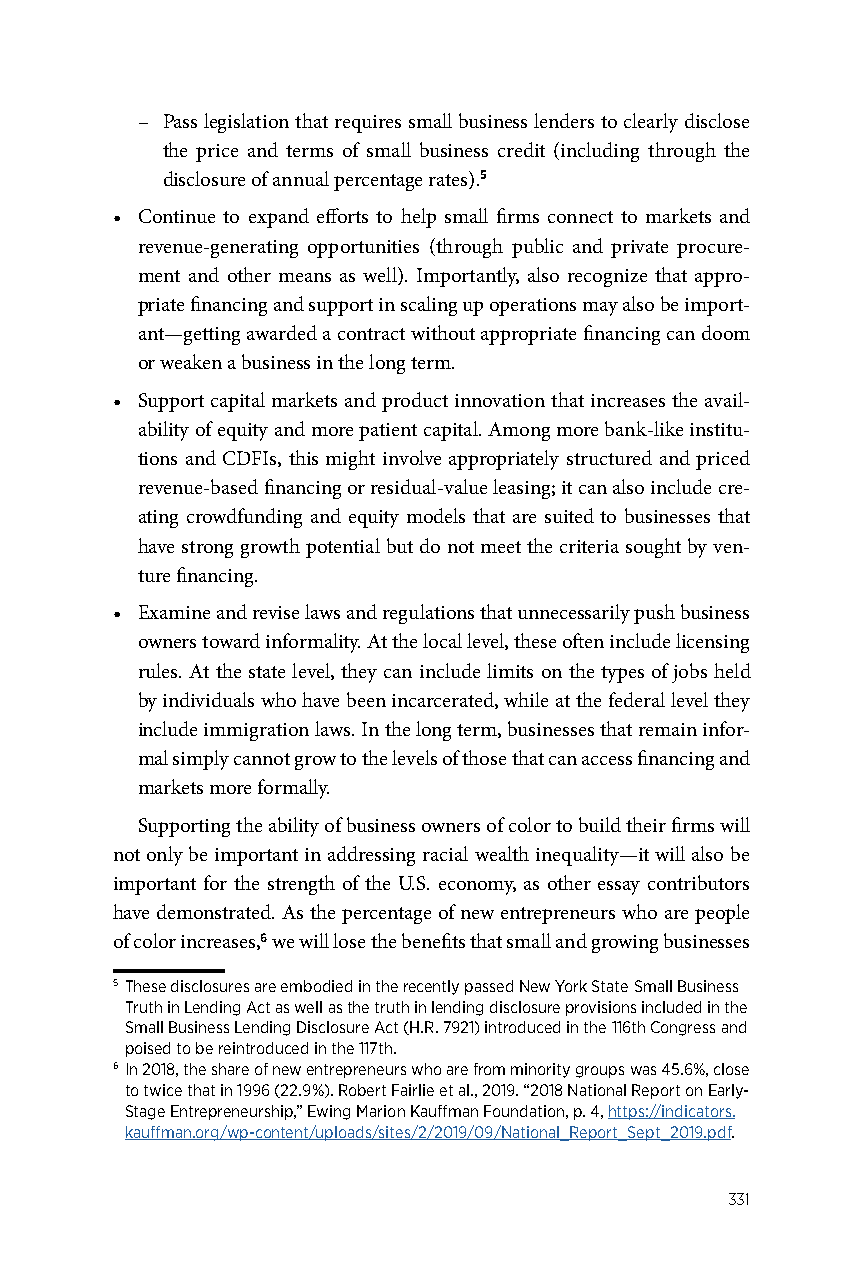
– Pass legislation that requires small business lenders to clearly disclose
 the price and terms of small business credit (including through the
 disclosure of annual percentage rates).5
 • Continue to expand efforts to help small firms connect to markets and
 revenue-generating opportunities (through public and private procure-
 ment and other means as well). Importantly, also recognize that appro-
 priate financing and support in scaling up operations may also be import-
 ant—getting awarded a contract without appropriate financing can doom
 or weaken a business in the long term.
 • Support capital markets and product innovation that increases the avail-
 ability of equity and more patient capital. Among more bank-like institu-
 tions and CDFIs, this might involve appropriately structured and priced
 revenue-based financing or residual-value leasing; it can also include cre-
 ating crowdfunding and equity models that are suited to businesses that
 have strong growth potential but do not meet the criteria sought by ven-
 ture financing.
 • Examine and revise laws and regulations that unnecessarily push business
 owners toward informality. At the local level, these often include licensing
 rules. At the state level, they can include limits on the types of jobs held
 by individuals who have been incarcerated, while at the federal level they
 include immigration laws. In the long term, businesses that remain infor-
 mal simply cannot grow to the levels of those that can access financing and
 markets more formally.
 Supporting the ability of business owners of color to build their firms will
 not only be important in addressing racial wealth inequality—it will also be
 important for the strength of the U.S. economy, as other essay contributors
 have demonstrated. As the percentage of new entrepreneurs who are people
 of color increases,6 we will lose the benefits that small and growing businesses
 5 These disclosures are embodied in the recently passed New York State Small Business
 Truth in Lending Act as well as the truth in lending disclosure provisions included in the
 Small Business Lending Disclosure Act (H.R. 7921) introduced in the 116th Congress and
 poised to be reintroduced in the 117th.
 6 In 2018, the share of new entrepreneurs who are from minority groups was 45.6%, close
 to twice that in 1996 (22.9%). Robert Fairlie et al., 2019. “2018 National Report on Early-
 Stage Entrepreneurship,” Ewing Marion Kauffman Foundation, p. 4, https://indicators.
 kauffman.org/wp-content/uploads/sites/2/2019/09/National_Report_Sept_2019.pdf.
 331